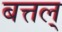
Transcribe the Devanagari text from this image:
बत्तल्